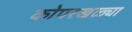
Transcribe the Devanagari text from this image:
कोपरखळ्या